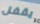
يقفل